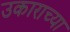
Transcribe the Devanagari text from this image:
उकाराच्या